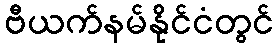
ဗီယက်နမ်နိုင်ငံတွင်